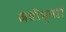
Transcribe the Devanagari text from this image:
अधीश्वरो